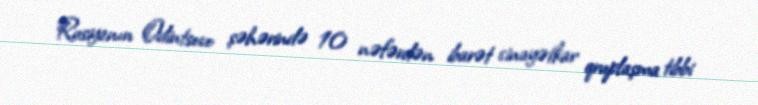
Rusiyanın Odintsovo şəhərində 10 nəfərdən ibarət cinayətkar qruplaşma tibbi